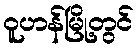
ဝူဟန်မြို့တွင်